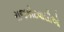
રાજકોટવાસીઓ